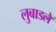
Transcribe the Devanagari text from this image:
लुबाडले